Civil Veterinary Department Bihar & Orissa reports 1911-21 - 1911-1921
Year: 1911
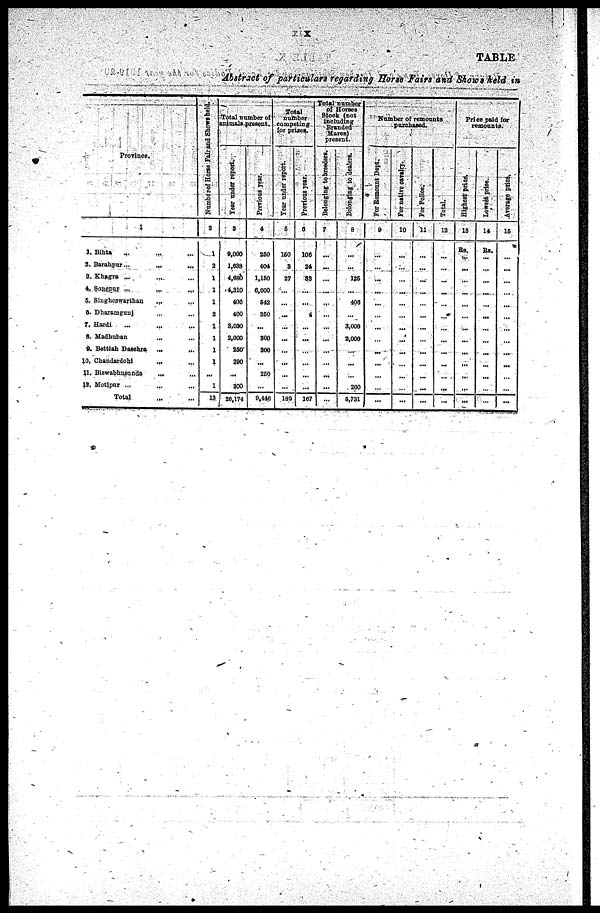
X
TABLE
Abstract of particulars regarding Horse Fairs and Stows held in
Province.
1
1. Bihta ... ... ...
2. Barahpur ... ... ...
3. Khagra ... ... ...
4. Sonepur ... ... ...
5. Singheswarthan ... ...
6. Dharamganj ... ...
7. Hardi ... ... ...
8. Madhuban ... ...
9. Bettiah Dasehra ...
10. Chandardohi ... ...
11. Biswabhusonds ... ...
12. Motipur ... ... ...
Total ... ...
Number
of Horse Fair and Shows held.
3
1
2
1
1
1
2
1
1
1
1
...
1
13
Total number of
animals present.
Year
under report.
8
9,000
1,638
4,686
4,310
400
400
8,000
2,000
250
290
...
200
26,174
Previous year.
4
260
404
1,150
6.000
642
360
...
800
800
...
250
...
9,446
Total
number
compoting
for prizes.
Year under report.
6
160
8
27
...
...
...
...
...
...
...
...
...
180
Previous year.
0
106
24
83
...
...
4
...
...
...
...
...
...
167
Total number
of Horses
Stock (not
Including
Branded
Mares
present.
Belonging to breeders.
7
...
...
...
...
...
...
...
...
...
...
...
...
...
Belonging
to dealers.
8
...
...
126
...
400
...
3.000
2,000
...
...
...
200
5,731
Number of remounts
Purchased.
For Remount Dept.
0
...
...
...
...
...
...
...
...
...
...
...
...
...
For native cavalry.
10
...
...
...
...
...
...
...
...
...
...
...
...
...
For Police.
11
...
...
...
...
...
...
...
...
...
...
...
...
...
Total.
12
...
...
...
...
...
...
...
...
...
...
...
...
...
Price paid for
remounts.
Highest price.
13
Rs.
...
...
...
...
...
...
...
...
...
...
...
...
...
Lowest price.
14
Rs.
...
...
...
...
...
...
...
...
...
...
...
...
...
Average price.
16
...
...
...
...
...
...
...
...
...
...
...
...
...